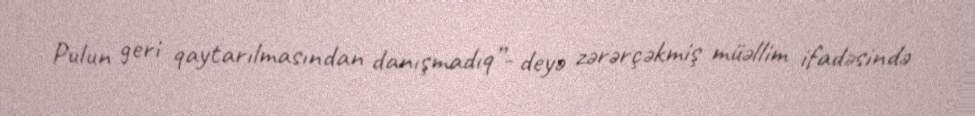
Pulun geri qaytarılmasından danışmadıq”- deyə zərərçəkmiş müəllim ifadəsində